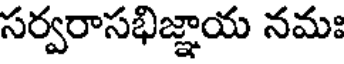
సర్వరాసభిజ్ఞాయ నమః